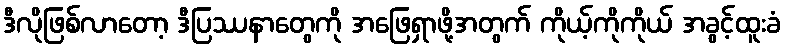
ဒီလိုဖြစ်လာတော့ ဒီပြဿနာတွေကို အဖြေရှာဖို့အတွက် ကိုယ့်ကိုကိုယ် အခွင့်ထူးခံ